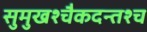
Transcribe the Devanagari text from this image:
सुमुखश्चैकदन्तश्च